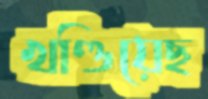
খণ্ডিয়েছ